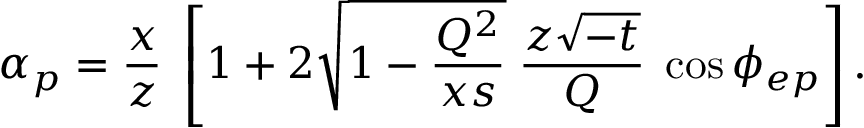
\alpha _ { p } = { \frac { x } { z } } \; \left[ 1 + 2 \sqrt { 1 - \frac { Q ^ { 2 } } { x s } } \; \frac { z \sqrt { - t } } { Q } \; \cos \phi _ { e p } \right] .